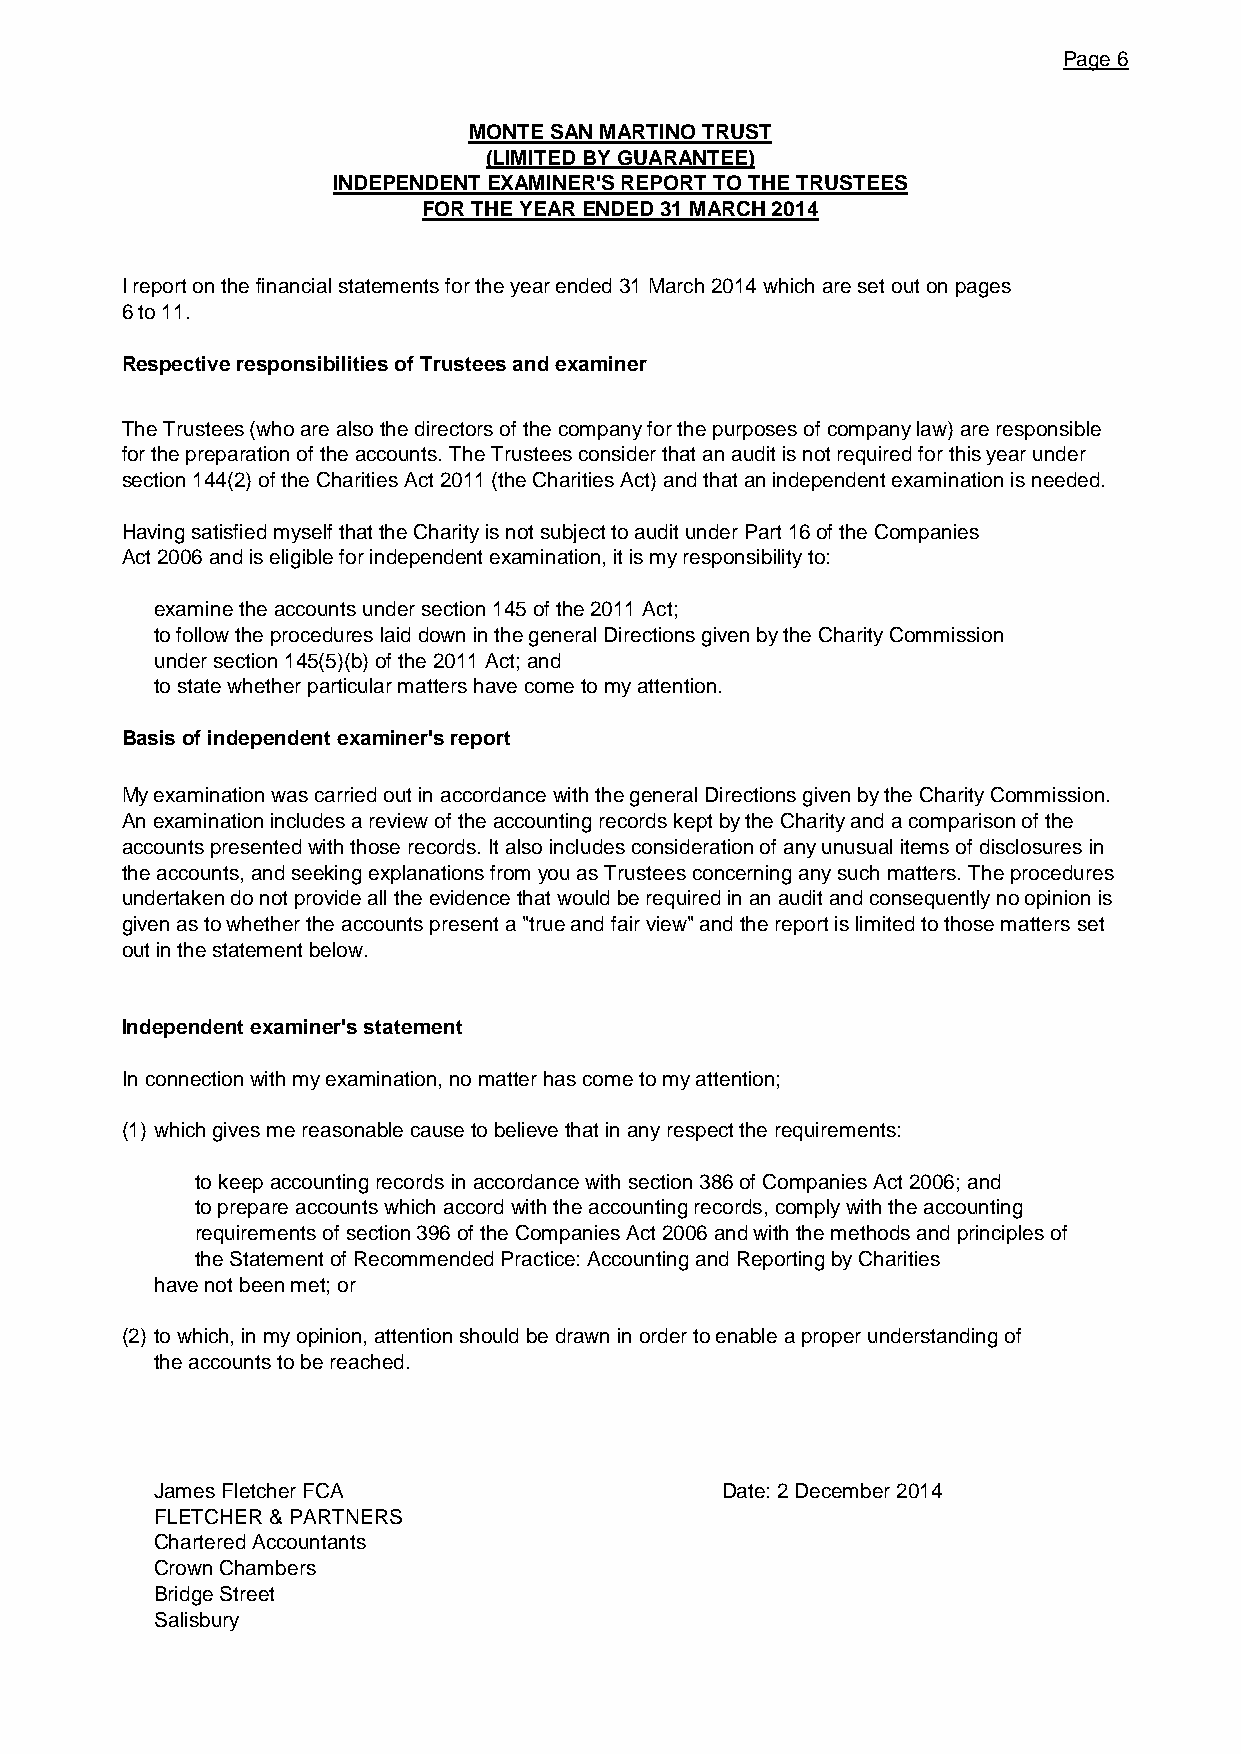
Page 6
 MONTE SAN MARTINO TRUST
 (LIMITED BY GUARANTEE)
 INDEPENDENT EXAMINER'S REPORT TO THE TRUSTEES
 FOR THE YEAR ENDED 31 MARCH 2014
 I report on the financial statements for the year ended 31 March 2014 which are set out on pages
 6 to 11.
 Respective responsibilities of Trustees and examiner
 The Trustees (who are also the directors of the company for the purposes of company law) are responsible
 for the preparation of the accounts. The Trustees consider that an audit is not required for this year under
 section 144(2) of the Charities Act 2011 (the Charities Act) and that an independent examination is needed.
 Having satisfied myself that the Charity is not subject to audit under Part 16 of the Companies
 Act 2006 and is eligible for independent examination, it is my responsibility to:
 examine the accounts under section 145 of the 2011 Act;
 to follow the procedures laid down in the general Directions given by the Charity Commission
 under section 145(5)(b) of the 2011 Act; and
 to state whether particular matters have come to my attention.
 Basis of independent examiner's report
 My examination was carried out in accordance with the general Directions given by the Charity Commission.
 An examination includes a review of the accounting records kept by the Charity and a comparison of the
 accounts presented with those records. It also includes consideration of any unusual items of disclosures in
 the accounts, and seeking explanations from you as Trustees concerning any such matters. The procedures
 undertaken do not provide all the evidence that would be required in an audit and consequently no opinion is
 given as to whether the accounts present a "true and fair view" and the report is limited to those matters set
 out in the statement below.
 Independent examiner's statement
 In connection with my examination, no matter has come to my attention;
 (1) which gives me reasonable cause to believe that in any respect the requirements:
 to keep accounting records in accordance with section 386 of Companies Act 2006; and
 to prepare accounts which accord with the accounting records, comply with the accounting
 requirements of section 396 of the Companies Act 2006 and with the methods and principles of
 the Statement of Recommended Practice: Accounting and Reporting by Charities
 have not been met; or
 (2) to which, in my opinion, attention should be drawn in order to enable a proper understanding of
 the accounts to be reached.
 James Fletcher FCA                    Date: 2 December 2014
 FLETCHER & PARTNERS
 Chartered Accountants
 Crown Chambers
 Bridge Street
 Salisbury